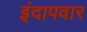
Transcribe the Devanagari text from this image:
इंदापवार